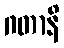
ဂတာနိ